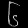
Digit: ၆